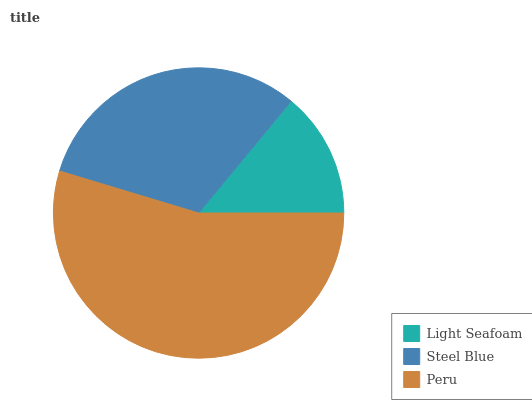
| Light Seafoam | Steel Blue | Peru |
 | --- | --- | --- |
 | 14% | 31.4% | 54.6% |